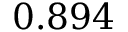
0 . 8 9 4